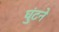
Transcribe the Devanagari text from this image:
घुंटने